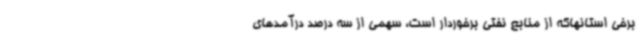
برخی استانهاکه از منابع نفتی برخوردار است، سهمی از سه درصد درآمدهای